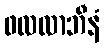
ဖလလာဘီနံ